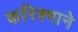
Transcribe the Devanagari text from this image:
करिश्माने